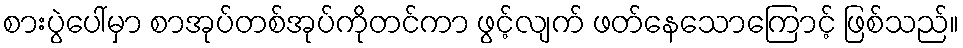
စားပွဲပေါ်မှာ စာအုပ်တစ်အုပ်ကိုတင်ကာ ဖွင့်လျက် ဖတ်နေသောကြောင့် ဖြစ်သည်။